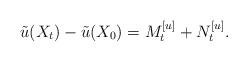
LaTeX: \begin{align*}\tilde{u}(X_t)-\tilde{u}(X_0)=M^{[u]}_t+N^{[u]}_t.\end{align*}